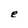
Character: e